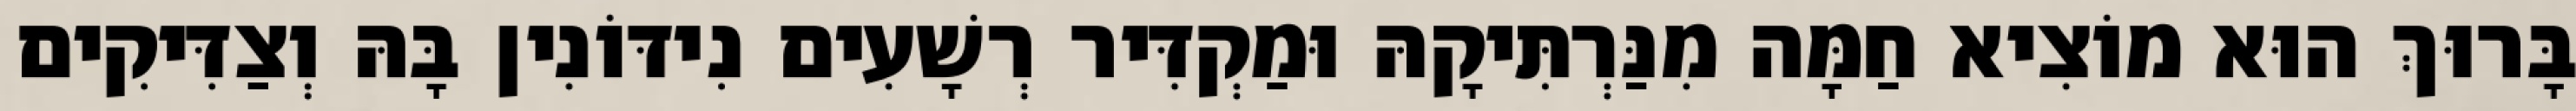
בָּרוּךְ הוּא מוֹצִיא חַמָּה מִנַּרְתִּיקָהּ וּמַקְדִּיר רְשָׁעִים נִידּוֹנִין בָּהּ וְצַדִּיקִים